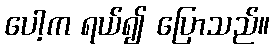
ပေါ့က ရယ်၍ ပြောသည်။